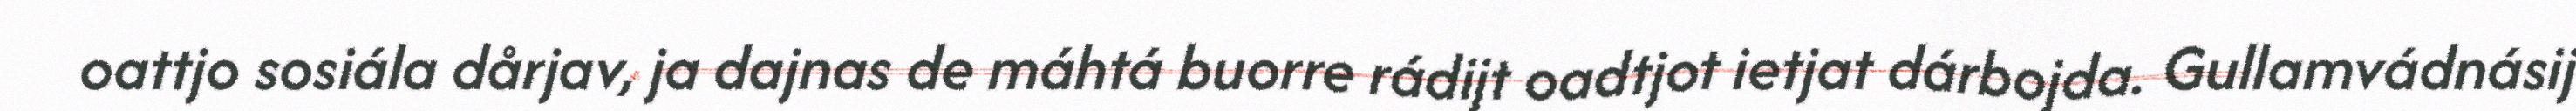
oattjo sosiála dårjav, ja dajnas de máhtá buorre rádijt oadtjot ietjat dárbojda. Gullamvádnásij